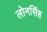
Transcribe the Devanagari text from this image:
लोनसिंह